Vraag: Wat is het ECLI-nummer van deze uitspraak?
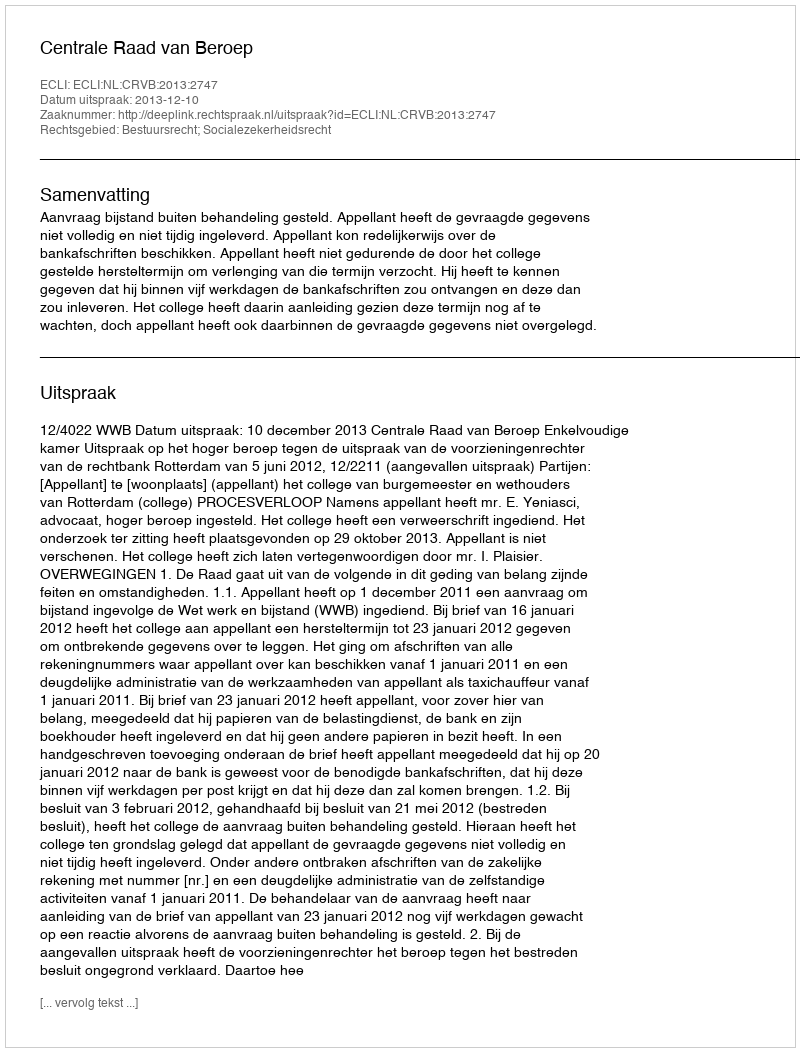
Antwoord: ECLI:NL:CRVB:2013:2747